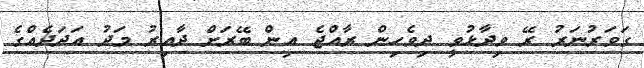
ގަވަރުނަރު ރޭ ވިދާޅުވީ ދިވެހިން ރާއްޖެ އިން ބޭރަށް ދާއިރު މަދު އަދަދެއްގެ